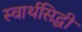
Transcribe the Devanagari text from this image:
स्वार्थसिद्धी